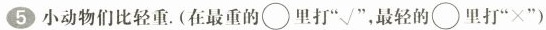
5 小动物们比轻重。(在最重的\bigcirc 里打”√”，最轻的\bigcirc 里打”×”)